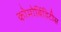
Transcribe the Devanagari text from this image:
कोमोर्बिडिटीस